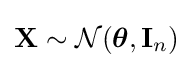
\mathbf {X} \sim {\mathcal {N}}({\boldsymbol {\theta }},\mathbf {I} _{n})